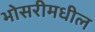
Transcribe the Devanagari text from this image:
भोसरीमधील